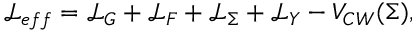
{ \mathcal { L } } _ { e f f } = { \mathcal { L } } _ { G } + { \mathcal { L } } _ { F } + { \mathcal { L } } _ { \Sigma } + { \mathcal { L } } _ { Y } - V _ { C W } ( \Sigma ) ,